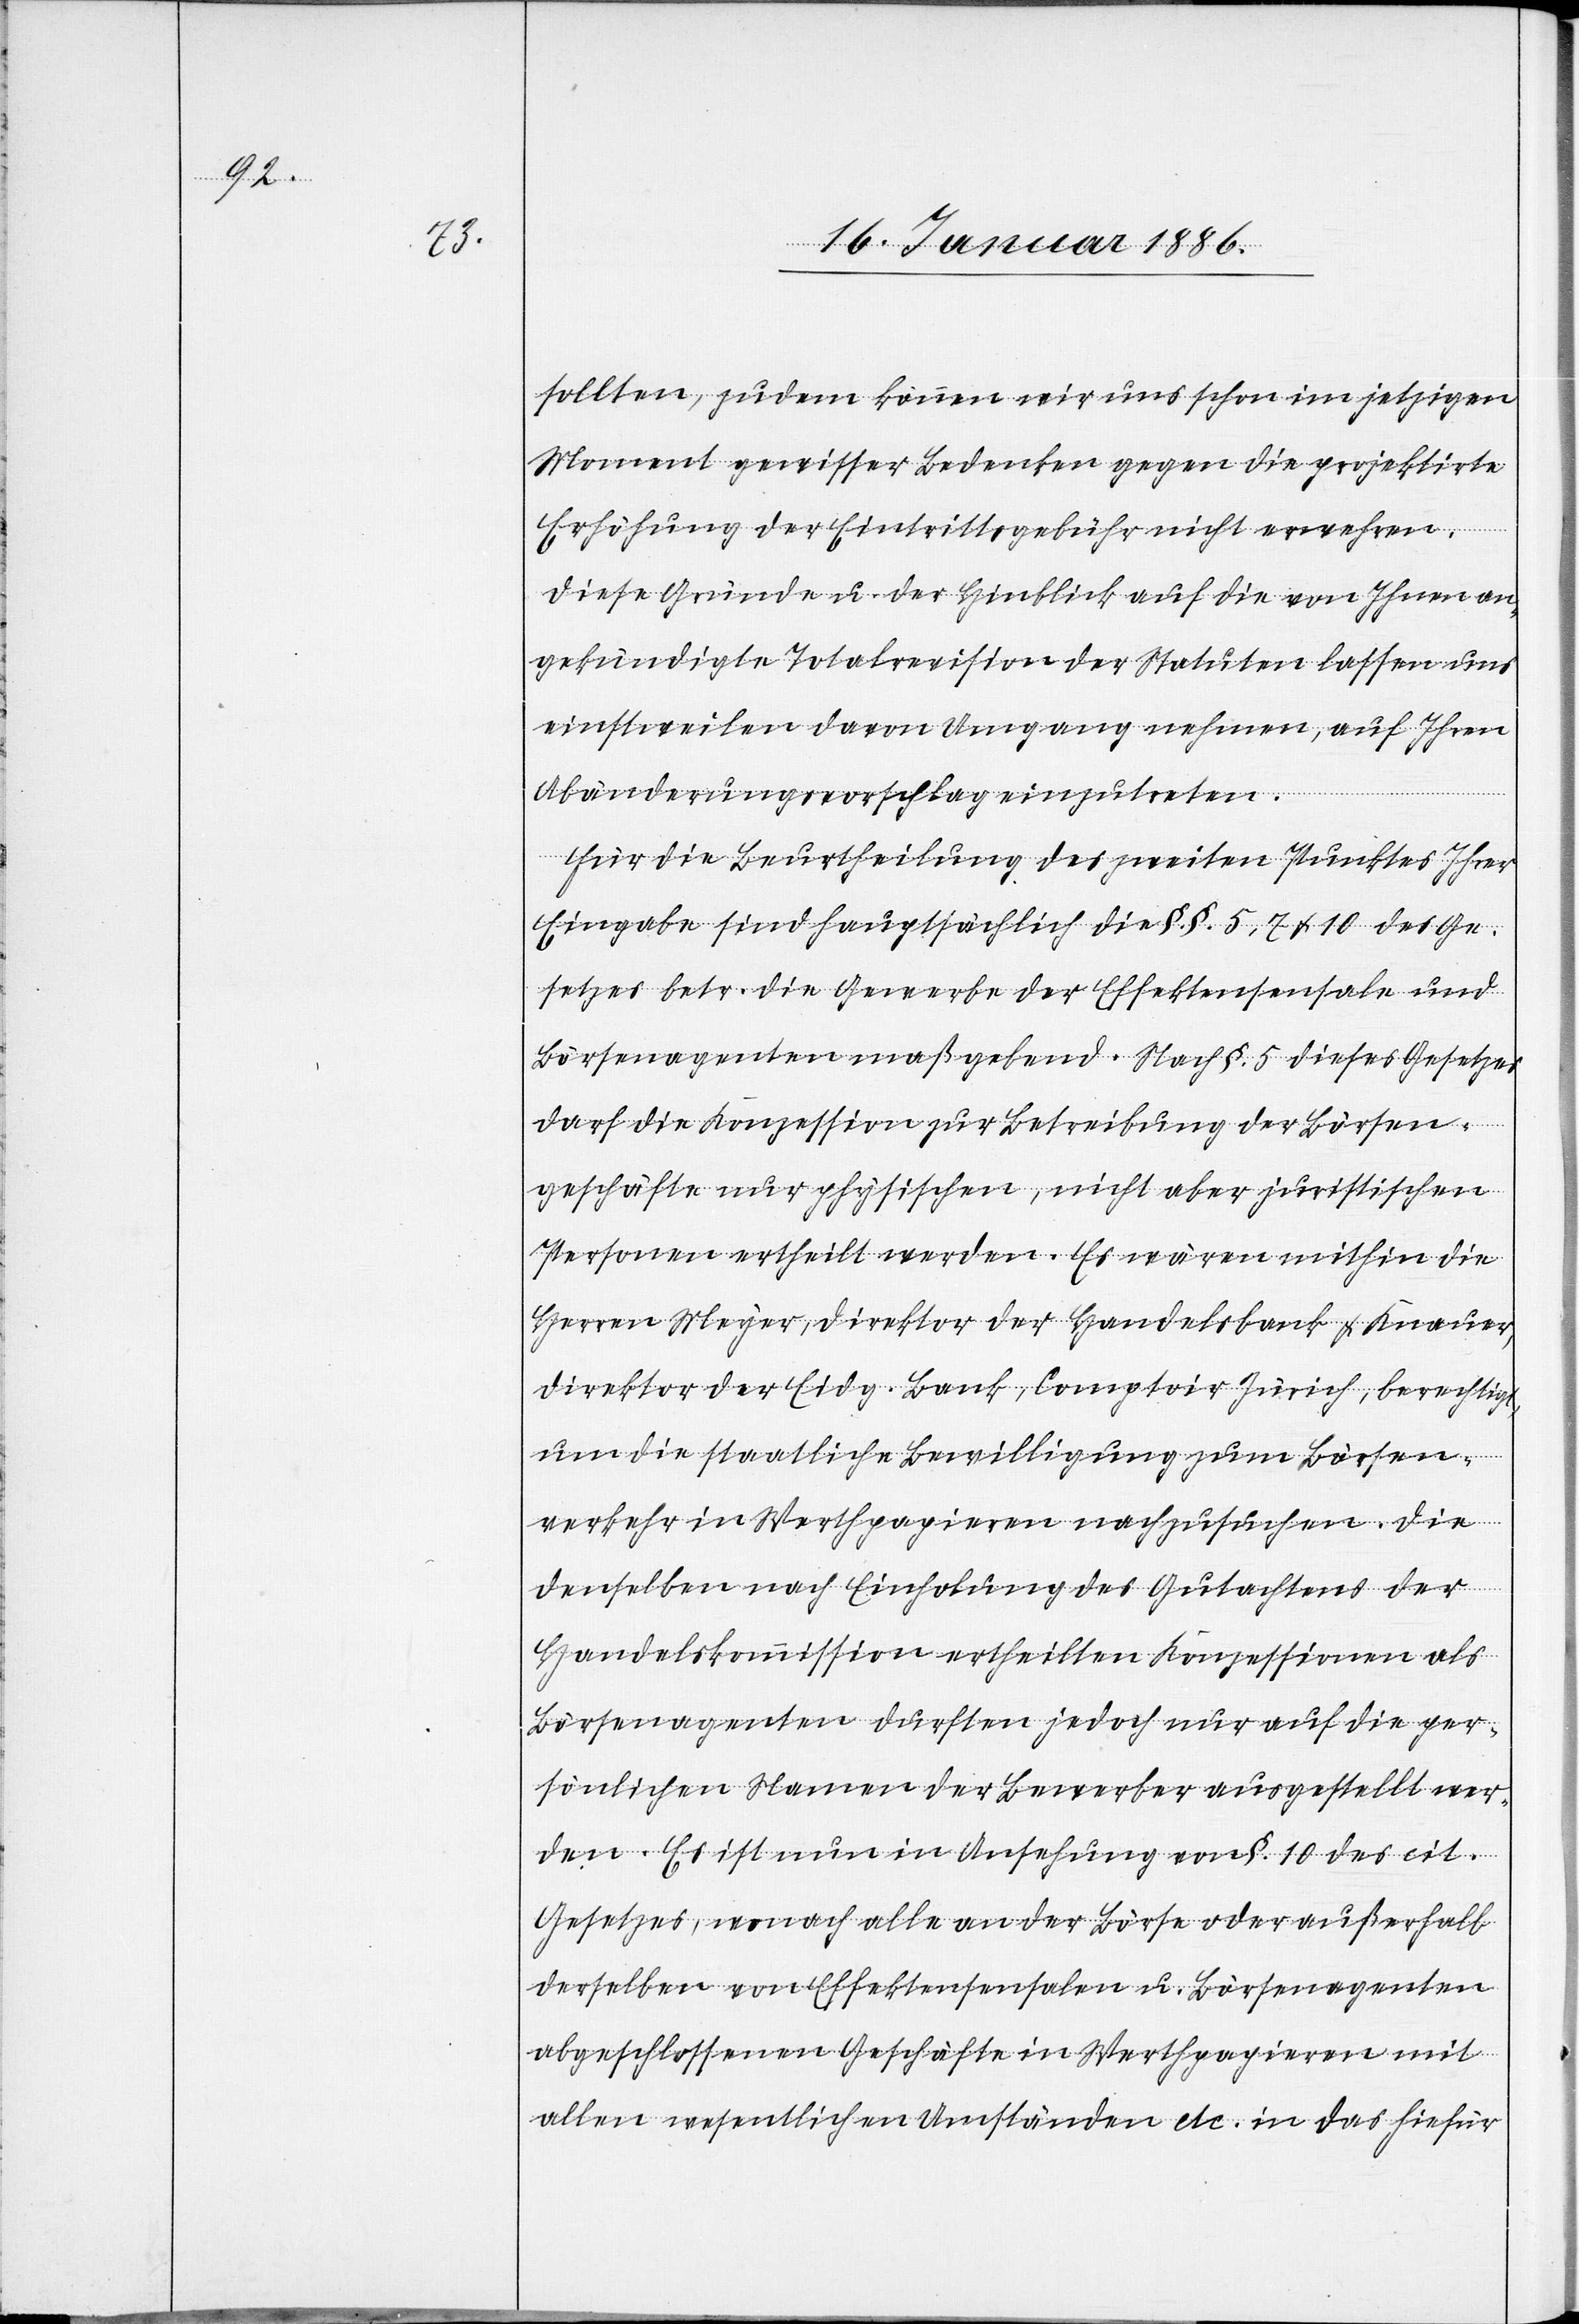
sollten, zudem können wir uns schon im jetzigen
Moment gewisser Bedenken gegen die projektirte
Erhöhung der Eintrittsgebühr nicht verwehren.
Diese Gründe u. der Hinblick auf die von Ihnen an¬
gekündigte Totalrevision der Statuten lassen uns
einstweilen davon Umgang nehmen, auf Ihren
Abänderungsvorschlag einzutreten.
Für die Beurtheilung des zweiten Punktes Ihrer
Eingabe sind hauptsächlich die §.§. 5, 7 & 10 des Ge¬
setzes betr. die Gewerbe der Effektensensale und
Börsenagenten maßgebend. Nach §. 5 dieses Gesetzes
darf die Konzession zur Betreibung der Börsen¬
geschäfte nur physischen, nicht aber juristischen
Personen ertheilt werden. Es wäre mithin die
Herren Meyer, Direktor der Handelsbank & Knauer,
Direktor der eidg. Bank, Comptoir Zürich, berechtigt,
um die staatliche Bewilligung zum Börsen¬
verkehr in Werthpapieren nachzusuchen. Die
denselben nach Einholung des Gutachtens der
Handelskommission ertheilten Konzessionen als
Börsenagenten durften jedoch nur auf die per¬
sönlichen Namen der Bewerber ausgestellt wer¬
den. Es ist nun in Ansehung von §. 10 des cit.
Gesetzes, wonach alle an der Börse oder außerhalb
derselben von Effektensensalen u. Börsenagenten
abgeschlossenen Geschäfte in Werthpapieren mit
allen wesentlichen Umständen etc. in das hiefür